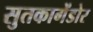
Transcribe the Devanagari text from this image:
सुतकागेंडोर